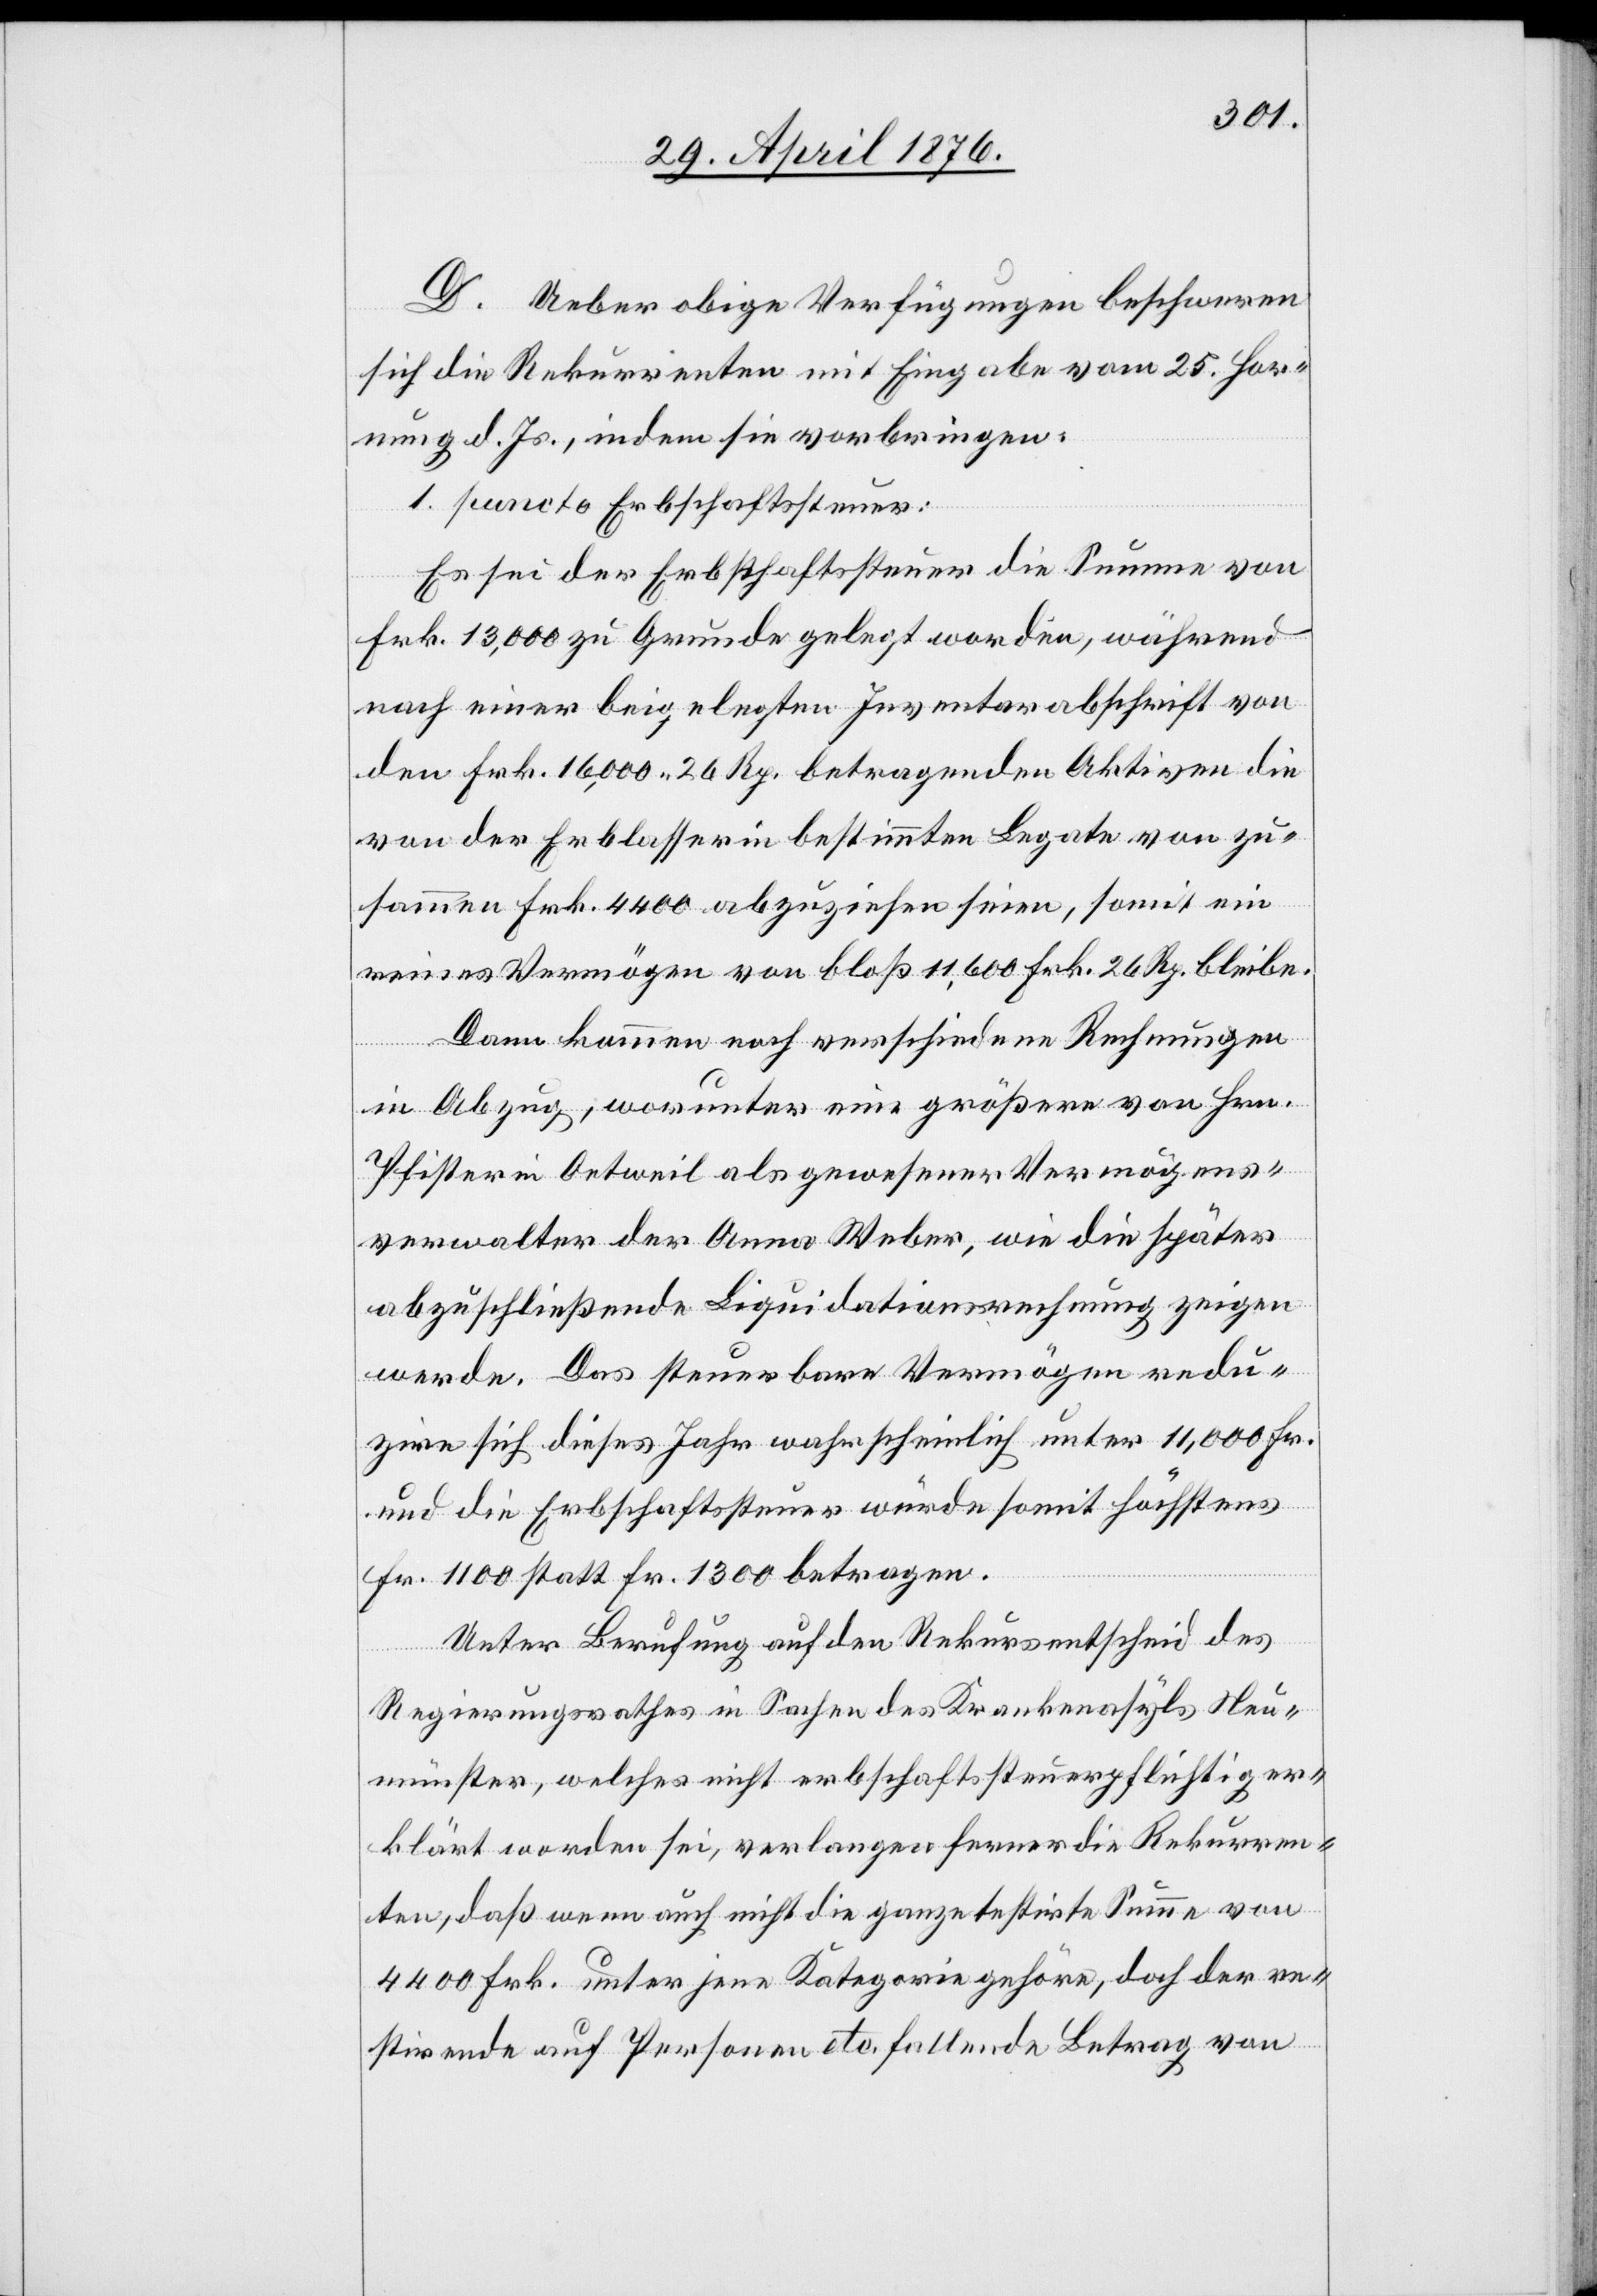
D. Ueber obige Verfügungen beschweren
sich die Rekurrenten mit Eingabe vom 25. Hor¬
nung d. Js., indem sie vorbringen:
1. puncto Erbschaftssteuer:
Es sei der Erbschaftssteuer die Summe von
Frk. 13,000 zu Grunde gelegt worden, während
nach einer beigelegten Juventurabschrift von
den Frk. 16,000 26 Rp. betragenden Aktiven die
von der Erblasserin bestimmten Legate von zu¬
sammen Frk. 4400 abzuziehen seien, somit ein
reines Vermögen von bloß 11,600 Frk. 26 Rp. bleibe.
Dann kommen noch verschiedene Rechnungen
in Abzug, worunter eine größere von Hrn.
Pfister in Oetweil als gewesener Vermögens¬
verwalter der Anna Weber, wie die später
abzuschließende Liquidationsrechnung zeigen
werde. Das steuerbare Vermögen redu¬
zire sich dieses Jahr wahrscheinlich unter 11,000 Fr.
und die Erbschaftssteuer würde somit höchstens
Fr. 1100 statt Fr. 1300 betragen.
Unter Berufung auf den Rekursentscheid des
Regierungsrathes in Sachen des Krankenasyls Neu¬
münster, welches nicht erbschaftssteuerpflichtig er¬
klärt worden sei, verlangen ferner die Rekurren¬
ten, daß wenn auch nicht die ganze testirte Summe von
4400 Frk. unter jene Kategorie gehöre, doch der re¬
stirende auf Personen etc. fallende Betrag von